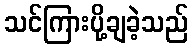
သင်ကြားပို့ချခဲ့သည်